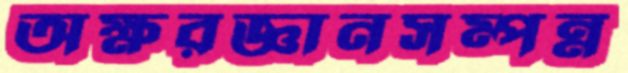
অক্ষরজ্ঞানসম্পন্ন